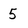
Character: 5